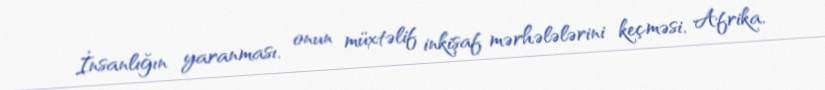
İnsanlığın yaranması, onun müxtəlif inkişaf mərhələlərini keçməsi, Afrika,